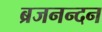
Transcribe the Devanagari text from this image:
ब्रजनन्दन